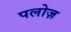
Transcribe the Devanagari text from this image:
पलोज़